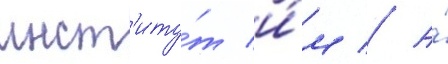
инст'иту́т и́м // А́